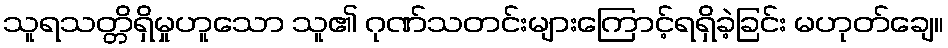
သူရသတ္တိရှိမှုဟူသော သူ၏ ဂုဏ်သတင်းများကြောင့်ရရှိခဲ့ခြင်း မဟုတ်ချေ။